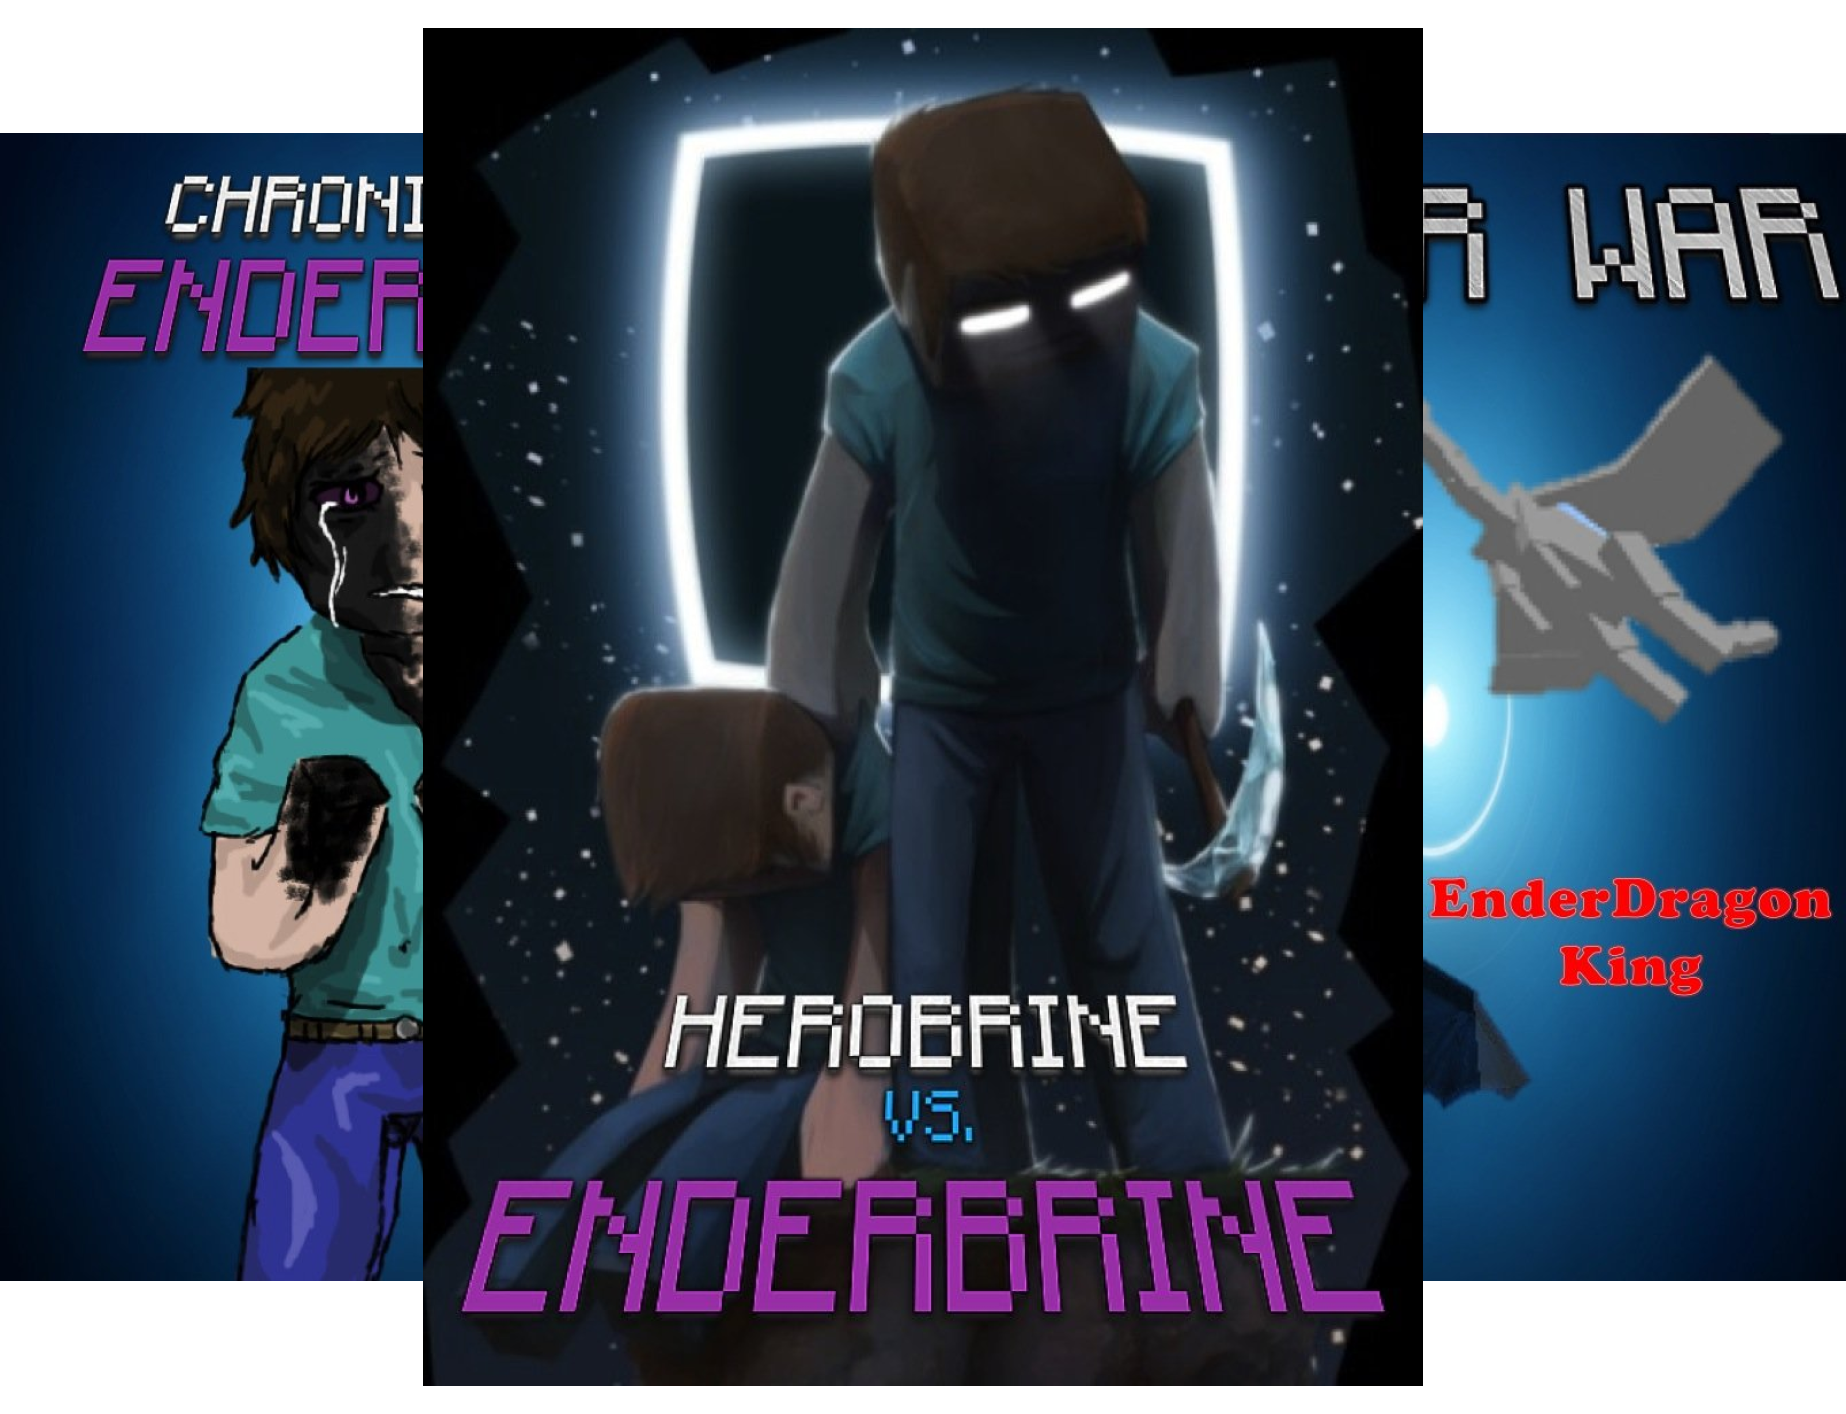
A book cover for ENDVENTURES SERIES (33 Book Series); Ender King; Children's Books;